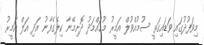
މިވަފުދުގައި ވަޑައިގަތީ ސުމުއްވުލް އަމީރު މުޙައްމަދު ދޮށިމޭނާ ކިލެގެފާނު އަދި އަލް އަމީރު